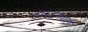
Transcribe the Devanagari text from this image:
टंग्स्टनवाला